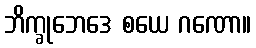
ဘိက္ခုဘေဒေ စယေ ဂဏော။